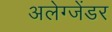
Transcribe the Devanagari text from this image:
अलेग्जेंडर